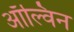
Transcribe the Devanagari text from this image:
ऑल्विन